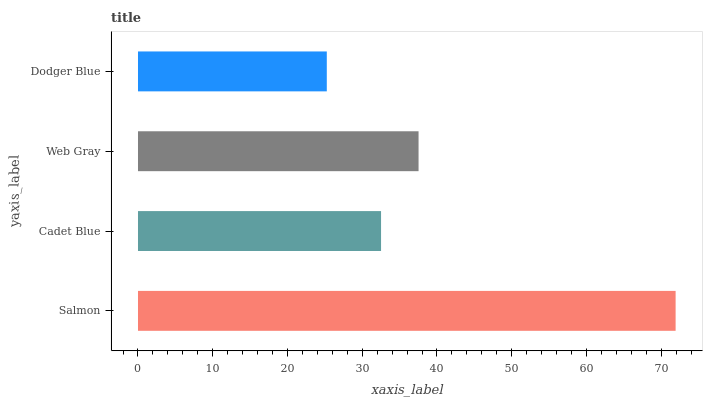
| yaxis_label | bars |
 | --- | --- |
 | Salmon | 71.9 |
 | Cadet Blue | 32.5 |
 | Web Gray | 37.5 |
 | Dodger Blue | 25.3 |